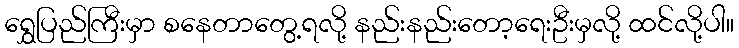
ရွှေပြည်ကြီးမှာ စနေတာတွေ့ရလို့ နည်းနည်းတော့ရေးဦးမှလို့ ထင်လို့ပါ။